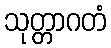
သုတ္တာဂတံ